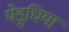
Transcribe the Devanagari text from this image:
येड़ुधिया